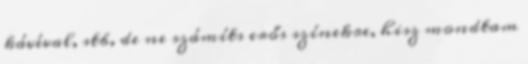
kávéval, stb, de ne számíts erős színekre, hisz mondtam